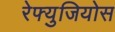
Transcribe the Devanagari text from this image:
रेफ्युजियोस